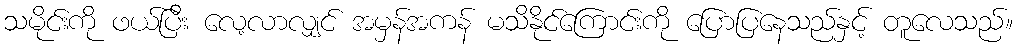
သမိုင်းကို ဖယ်ပြီး လေ့လာလျှင် အမှန်အကန် မသိနိုင်ကြောင်းကို ပြောပြနေသည်နှင့် တူလေသည်။